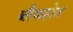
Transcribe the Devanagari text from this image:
ब्लैकहोल